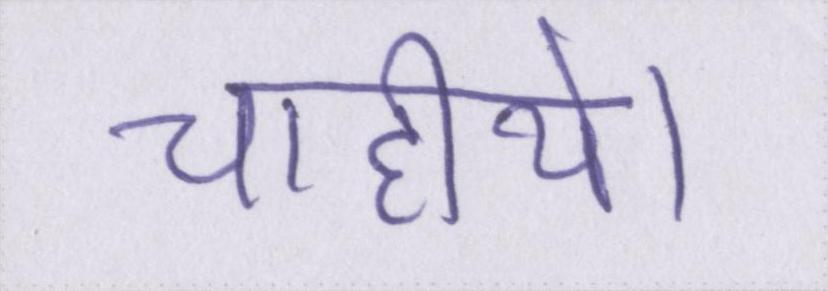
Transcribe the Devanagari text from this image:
चाहीये।